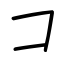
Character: コ